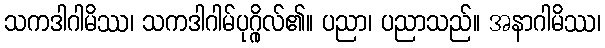
သကဒါဂါမိဿ၊ သကဒါဂါမ်ပုဂ္ဂိုလ်၏။ ပညာ၊ ပညာသည်။ အနာဂါမိဿ၊